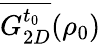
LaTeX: \overline{{G_{2D}^{t_{0}}}}(\rho_{0})